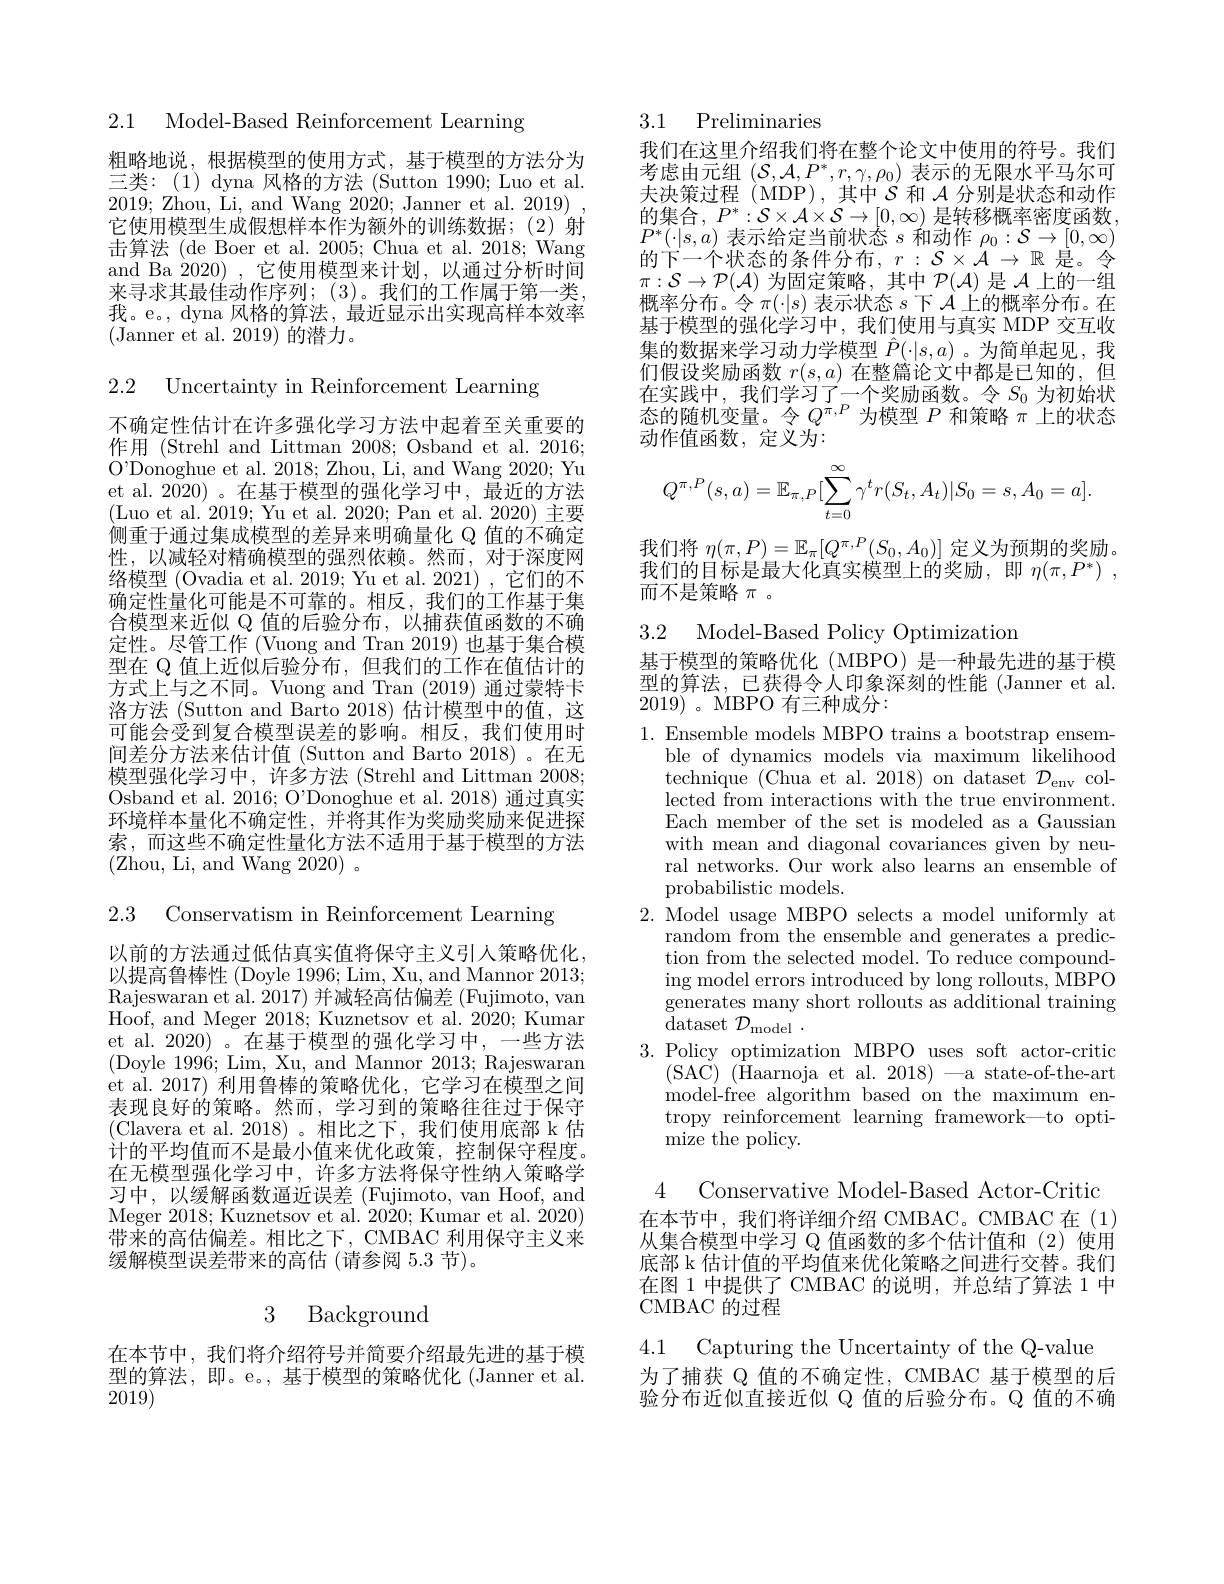
2.1 Model-Based Reinforcement Learning

粗略地说，根据模型的使用方式，基于模型的方法分为三类：(1) dyna 风格的方法 (Sutton 1990; Luo et al. 2019; Zhou, Li, and Wang 2020; Janner et al. 2019) , 它使用模型生成假想样本作为额外的训练数据；(2)射击算法 (de Boer et al. 2005; Chua et al. 2018; Wang and Ba 2020),它使用模型来计划，以通过分析时间来寻求其最佳动作序列；(3)。我们的工作属于第一类， 我。e。, dyna 风格的算法，最近显示出实现高样本效率(Janner et al. 2019)的潜力。

2.2 Uncertainty in Reinforcement Learning

不确定性估计在许多强化学习方法中起着至关重要的作用 (Strehl and Littman 2008; Osband et al. 2016; O'Donoghue et al. 2018; Zhou, Li, and Wang 2020; Yu et al. 2020) 。在基于模型的强化学习中，最近的方法(Luo et al. 2019; Yu et al. 2020; Pan et al. 2020) 主要侧重于通过集成模型的差异来明确量化 Q 值的不确定性，以减轻对精确模型的强烈依赖。然而，对于深度网络模型 (Ovadia et al. 2019; Yu et al. 2021) , 它们的不确定性量化可能是不可靠的。相反，我们的工作基于集合模型来近似 Q 值的后验分布，以捕获值函数的不确定性。尽管工作 (Vuong and Tran 2019) 也基于集合模型在 Q 值上近似后验分布，但我们的工作在值估计的方式上与之不同。Vuong and Tran (2019) 通过蒙特卡洛方法 (Sutton and Barto 2018) 估计模型中的值，这可能会受到复合模型误差的影响。相反，我们使用时间差分方法来估计值 (Sutton and Barto 2018)。在无模型强化学习中，许多方法(Strehl and Littman 2008; Osband et al. 2016; O'Donoghue et al. 2018) 通过真实环境样本量化不确定性，并将其作为奖励奖励来促进探索，而这些不确定性量化方法不适用于基于模型的方法

2.3 Conservatism in Reinforcement Learning

以前的方法通过低估真实值将保守主义引人策略优化， 以提高鲁棒性 (Doyle 1996; Lim, Xu, and Mannor 2013; Rajeswaran et al. 2017) 并减轻高估偏差 (Fujimoto, van Hoof, and Meger 2018; Kuznetsov et al. 2020; Kumar et al. 2020) 。在基于模型的强化学习中，一些方法(Doyle 1996; Lim, Xu, and Mannor 2013; Rajeswaran et al. 2017) 利用鲁棒的策略优化，它学习在模型之间表现良好的策略。然而，学习到的策略往往过于保守(Clavera et al.2018)。相比之下，我们使用底部 k 估计的平均值而不是最小值来优化政策，控制保守程度。在无模型强化学习中，许多方法将保守性纳人策略学习 中 , 以 缓 解 函 数 逼 近 误 差 ( Fujimoto, van Hoof, and Meger 2018; Kuznetsov et al. 2020; Kumar et al. 2020) 带来的高估偏差。相比之下，CMBAC 利用保守主义来缓解模型误差带来的高估 (请参阅 5.3 节)。

# 3 Background

在本节中，我们将介绍符号并简要介绍最先进的基于模型的算法，即。e。,基于模型的策略优化(Janner et al. 2019)

3.1 Preliminaries

我们在这里介绍我们将在整个论文中使用的符号。我们考虑由元组($\mathcal{S},\mathcal{A},P^*,r,\gamma,\rho_0)$表示的无限水平马尔可夫决策过程 (MDP), 其中$\mathcal{S}$和$\mathcal{A}$分别是状态和动作的集合，$P^*:\mathcal{S}\times\mathcal{A}\times\mathcal{S}\to[0,\infty)$是转移概率密度函数， $P^{*}(\cdot|s,a)$表示给定当前状态$s$和动作$\rho_0:\mathcal{S}\to[0,\infty)$ 的下一个状态的条件分布，$r:\mathcal{S}\times\mathcal{A}\to\mathbb{R}$是。令$\pi:\mathcal{S}\to\mathcal{P}(\mathcal{A})$为固定策略，其中$\mathcal{P}(\mathcal{A})$是$\mathcal{A}$上的一组概率分布。令$\pi(\cdot|s)$表示状态$s$下$\mathcal{A}$上的概率分布。在基于模型的强化学习中，我们使用与真实 MDP 交互收集的数据来学习动力学模型$\hat{P}(\cdot|s,a)$。为简单起见，我们假设奖励函数$r(s,a)$在整篇论文中都是已知的，但在实践中，我们学习了一个奖励函数。令$S_0$为初始状态的随机变量。令$Q^{\pi,P}$为模型$P$和策略$\pi$上的状态动作值函数，定义为2
$$Q^{\pi,P}(s,a)=\mathbb{E}_{\pi,P}[\sum_{t=0}^\infty\gamma^tr(S_t,A_t)|S_0=s,A_0=a].$$
我们将$\eta(\pi,P)=\mathbb{E}_\pi[Q^{\pi,P}(S_0,A_0)]$定义为预期的奖励。我们的目标是最大化真实模型上的奖励，即$\eta(\pi,P^*)~$, 而不是策略$\pi$。

3.2 Model-Based Policy Optimization

基于模型的策略优化(MBPO) 是一种最先进的基于模型的算法，已获得令人印象深刻的性能 (Janner et al. 2019)。MBPO 有三种成分：

1. Ensemble models MBPO trains a bootstrap ensem-
ble of dynamics models via maximum likelihood technique (Chua et al. 2018) on dataset $\mathcal{D}_\mathrm{env}$ collected from interactions with the true environment. Each member of the set is modeled as a Gaussian with mean and diagonal covariances given by neural networks. Our work also learns an ensemble of probabilistic models.
2. Model usage MBPO selects a model uniformly at
random from the ensemble and generates a prediction from the selected model. To reduce compounding model errors introduced by long rollouts, M$BPO$ generates many short rollouts as additional training $\mathop{\mathrm{dataset~}}\mathcal{D}_{\mathrm{model~}}.$
3. Policy optimization MBPO uses soft actor-critic
(SAC)(Haarnoja et al.2018)-a state- of- the- art model-free algorithm based on the maximum entropy reinforcement learning framework—to optimize the policy.

4 Conservative Model-Based Actor-Critic
在本节中，我们将详细介绍 CMBAC。CMBAC 在(1) 从集合模型中学习 Q 值函数的多个估计值和 (2)使用底部 k 估计值的平均值来优化策略之间进行交替。我们在图 1 中提供了 CMBAC 的说明，并总结了算法 1 中CMBAC 的过程

4.1 Capturing the Uncertainty of the Q-value

为了捕获 Q 值的不确定性，CMBAC 基于模型的后验分布近似直接近似 Q 值的后验分布。Q 值的不确